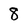
Character: 8